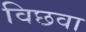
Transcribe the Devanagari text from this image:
विछवा